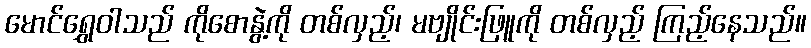
မောင်ရွှေဝါသည် ကိုစောနွဲ့ကို တစ်လှည့်၊ မဗျိုင်းဖြူကို တစ်လှည့် ကြည့်နေသည်။